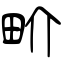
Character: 畍